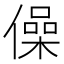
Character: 僺